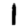
Digit: 1